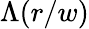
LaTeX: \Lambda(r/w)